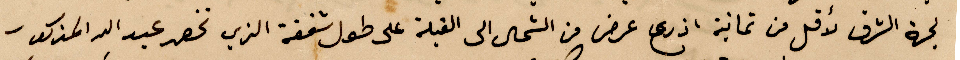
لجهة الشرق لأقل من ثمانية اذرع عرض من الشمال الى القبلة على طول شقة الذي تخص عبد الله المذكور